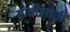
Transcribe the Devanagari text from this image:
गाठीसाठी